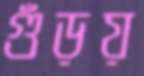
গুঁড়য়